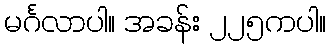
မင်္ဂလာပါ။ အခန်း ၂၂၅ကပါ။